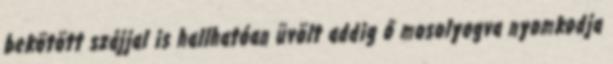
bekötött szájjal is hallhatóan üvölt addig ő mosolyogva nyomkodja